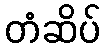
တံဆိပ်